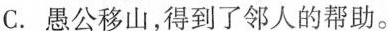
C. 愚公移山，得到了邻人的帮助。